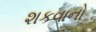
શકવાનો